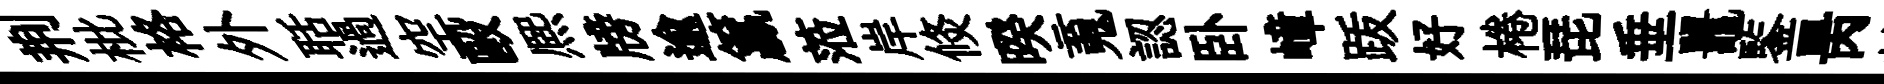
荆枇格外聒過空毆熈牓逾籯蒞岸倐暌䰟認卧嶂䟦好棬琵垂鼉鍳昺静